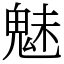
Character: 魅